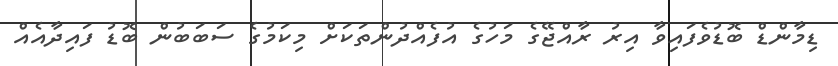
ޑިމާންޑް ބޮޑުވެފައިވާ އިރު ރާއްޖޭގެ މަހުގެ އުފެއްދުންތަކަށް މިކަމުގެ ސަބަބުން ބޮޑު ފައިދާއެއް